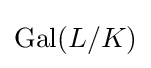
\mathrm {Gal} (L/K)